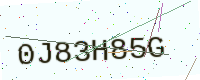
Text: 0J83H85G